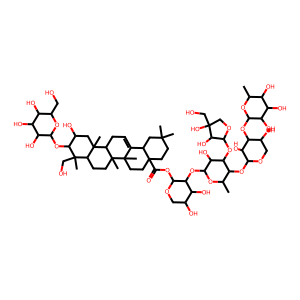
SMILES: CC1OC(OC2C(O)COC(OC3C(C)OC(OC4C(OC(=O)C56CCC(C)(C)CC5C5=CCC7C8(C)CC(O)C(OC9OC(CO)C(O)C(O)C9O)C(C)(CO)C8CCC7(C)C5(C)CC6)OCC(O)C4O)C(O)C3OC3OCC(O)(CO)C3O)C2O)C(O)C(O)C1O
Inhibits HIV replication: Yes